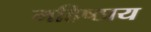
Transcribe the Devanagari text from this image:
महिष्ठाय